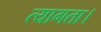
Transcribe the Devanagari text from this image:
त्‍यागता।